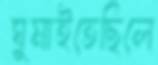
ঘুমাইতেছিলে